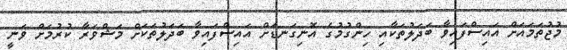
މުޖުތަމައަށް އައިސްފައިވާ ބަދަލުތަކާއި ހިންގުމުގެ އޮނިގަނޑަށް އައިސްފައިވާ ބަދަލުތަކަށް މަޝްވަރާ ކުރުމަށް ވަނީ